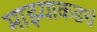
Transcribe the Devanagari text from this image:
माझ्याकडचं